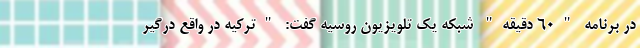
در برنامه "۶۰ دقیقه" شبکه یک تلویزیون روسیه گفت: "ترکیه در واقع درگیر